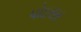
પોઇસર